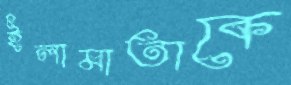
ইলামাতাকে